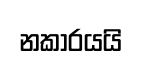
නකාරයයි